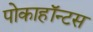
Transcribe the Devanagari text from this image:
पोकाहॉन्टस